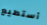
أستطيع